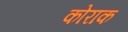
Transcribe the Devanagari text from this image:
कोराक